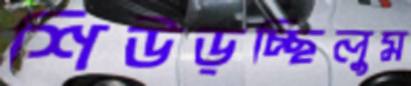
শিউড়চ্ছিলুম